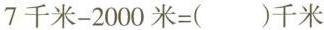
$$7千米-2000米=( )千米$$